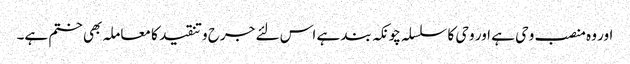
اور وہ منصب وحی ہے اور وحی کا سلسلہ چونکہ بند ہے اس لئے جرح وتنقید کا معاملہ بھی ختم ہے۔